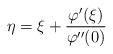
LaTeX: \begin{align*} \eta = \xi + \frac { \varphi ' ( \xi ) } { \varphi '' ( 0 ) }\end{align*}